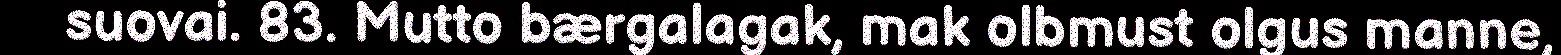
suovai. 83. Mutto bærgalagak, mak olbmust olgus manne,